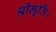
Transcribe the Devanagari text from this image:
श्रीमूर्ति।